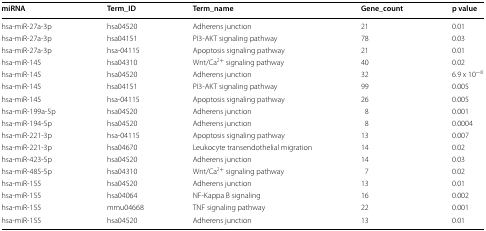
<table><thead><tr><td><b>miRNA</b></td><td><b>Term_ID</b></td><td><b>Term_name</b></td><td><b>Gene_count</b></td><td><b>p value</b></td></tr></thead><tbody><tr><td>hsa-miR-27a-3p</td><td>hsa04520</td><td>Adherens junction</td><td>21</td><td>0.01</td></tr><tr><td>hsa-miR-27a-3p</td><td>hsa04151</td><td>PI3-AKT signaling pathway</td><td>78</td><td>0.03</td></tr><tr><td>hsa-miR-27a-3p</td><td>hsa-04115</td><td>Apoptosis signaling pathway</td><td>21</td><td>0.01</td></tr><tr><td>hsa-miR-145</td><td>hsa04310</td><td>Wnt/Ca<sup>2+</sup> signaling pathway</td><td>40</td><td>0.02</td></tr><tr><td>hsa-miR-145</td><td>hsa04520</td><td>Adherens junction</td><td>32</td><td>6.9 x 10<sup>−8</sup></td></tr><tr><td>hsa-miR-145</td><td>hsa04151</td><td>PI3-AKT signaling pathway</td><td>99</td><td>0.005</td></tr><tr><td>hsa-miR-145</td><td>hsa-04115</td><td>Apoptosis signaling pathway</td><td>26</td><td>0.005</td></tr><tr><td>hsa-miR-199a-5p</td><td>hsa04520</td><td>Adherens junction</td><td>8</td><td>0.001</td></tr><tr><td>hsa-miR-194-5p</td><td>hsa04520</td><td>Adherens junction</td><td>8</td><td>0.0004</td></tr><tr><td>hsa-miR-221-3p</td><td>hsa-04115</td><td>Apoptosis signaling pathway</td><td>13</td><td>0.007</td></tr><tr><td>hsa-miR-221-3p</td><td>hsa04670</td><td>Leukocyte transendothelial migration</td><td>14</td><td>0.02</td></tr><tr><td>hsa-miR-423-5p</td><td>hsa04520</td><td>Adherens junction</td><td>14</td><td>0.03</td></tr><tr><td>hsa-miR-485-5p</td><td>hsa04310</td><td>Wnt/Ca<sup>2+</sup> signaling pathway</td><td>7</td><td>0.02</td></tr><tr><td>hsa-miR-155</td><td>hsa04520</td><td>Adherens junction</td><td>13</td><td>0.01</td></tr><tr><td>hsa-miR-155</td><td>hsa04064</td><td>NF-Kappa B signaling</td><td>16</td><td>0.002</td></tr><tr><td>hsa-miR-155</td><td>mmu04668</td><td>TNF signaling pathway</td><td>22</td><td>0.001</td></tr><tr><td>hsa-miR-155</td><td>hsa04520</td><td>Adherens junction</td><td>13</td><td>0.01</td></tr></tbody></table>